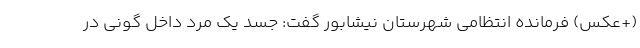
(+عکس) فرمانده انتظامی شهرستان نیشابور گفت: جسد یک مرد داخل گونی در